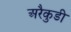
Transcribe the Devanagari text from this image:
अरैकुडी